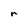
Character: r